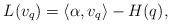
LaTeX: \begin{align*}L(v_q)=\langle \alpha, v_q \rangle - H(q),\end{align*}